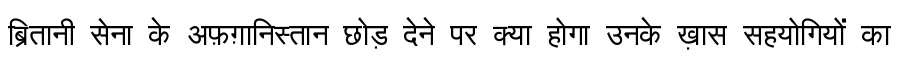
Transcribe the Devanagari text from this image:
ब्रितानी सेना के अफ़ग़ानिस्तान छोड़ देने पर क्या होगा उनके ख़ास सहयोगियों का